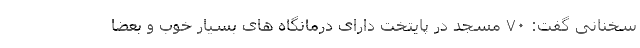
سخنانی گفت: ۷۰ مسجد در پایتخت دارای درمانگاه های بسیار خوب و بعضا